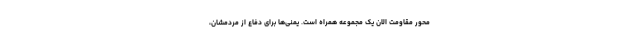
محور مقاومت الان یک مجموعه همراه است. یمنی‌ها برای دفاع از مردمشان،